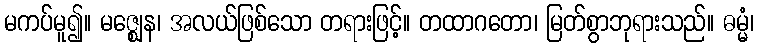
မကပ်မူ၍။ မဇ္ဈေန၊ အလယ်ဖြစ်သော တရားဖြင့်။ တထာဂတော၊ မြတ်စွာဘုရားသည်။ ဓမ္မံ၊